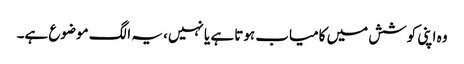
وہ اپنی کوشش میں کامیاب ہوتا ہے یا نہیں، یہ الگ موضوع ہے۔